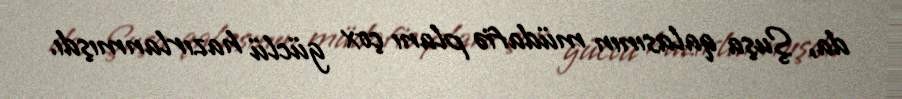
da, Şuşa qalasının müdafiə planı çox güclü hazırlanmışdı.